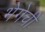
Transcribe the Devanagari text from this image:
भेगेची